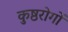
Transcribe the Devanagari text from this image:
कुष्ठरोगों